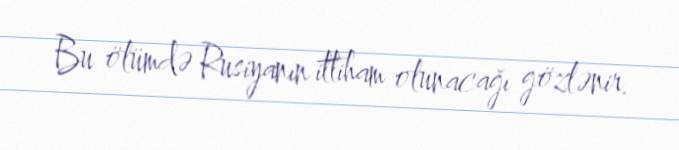
Bu ölümdə Rusiyanın ittiham olunacağı gözlənir.